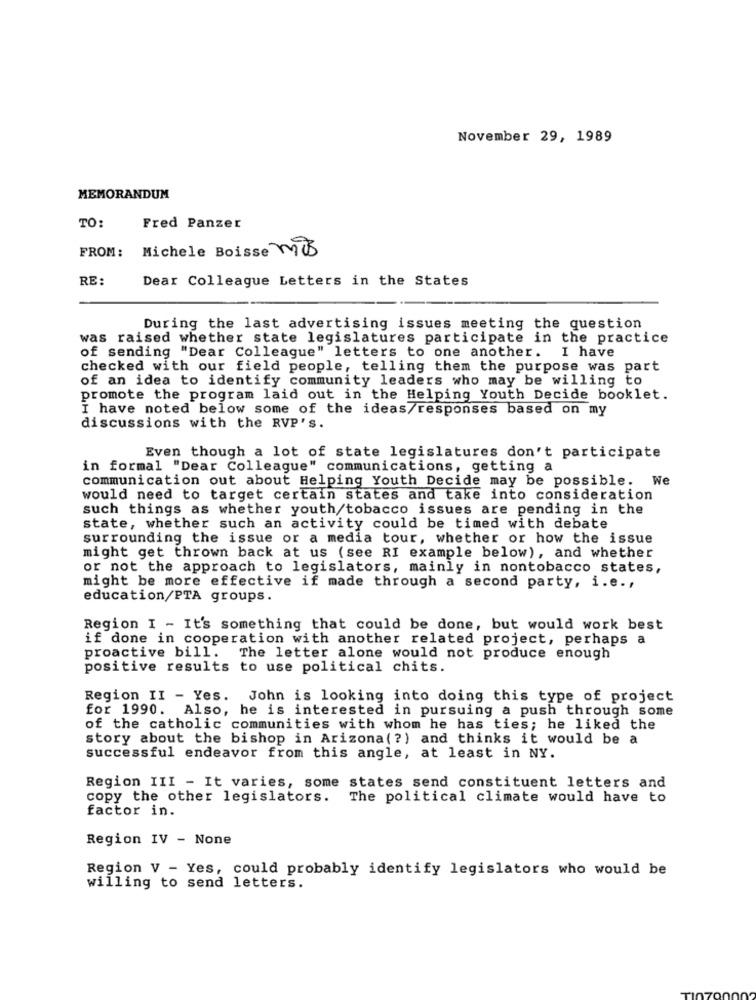
November 29, 1989
MEMORANDUM
TO:
Fred Panzer
Michele Boisse Mis
FROM:
RE:
Dear Colleague Letters in the States
During the last advertising issues meeting the question
was raised whether state legislatures participate in the practice
of sending "Dear Colleague" letters to one another. I have
checked with our field people, telling them the purpose was part
of an idea to identify community leaders who may be willing to
promote the program laid out in the Helping Youth Decide booklet.
I have noted below some of the ideas/responses based on my
discussions with the RVP'S.
Even though a lot of state legislatures don't participate
in formal "Dear Colleague" communications, getting a
communication out about Helping Youth Decide may be possible. We
would need to target certain states and take into consideration
such things as whether youth/tobacco issues are pending in the
state, whether such an activity could be timed with debate
surrounding the issue or a media tour, whether or how the issue
might get thrown back at us (see RI example below), and whether
or not the approach to legislators, mainly in nontobacco states,
might be more effective if made through a second party, i.e .,
education/PTA groups.
Region I - It's something that could be done, but would work best
if done in cooperation with another related project, perhaps a
proactive bill. The letter alone would not produce enough
positive results to use political chits.
Region II - Yes. John is looking into doing this type of project
for 1990. Also, he is interested in pursuing a push through some
of the catholic communities with whom he has ties; he liked the
story about the bishop in Arizona(?) and thinks it would be a
successful endeavor from this angle, at least in NY.
Region III - It varies, some states send constituent letters and
copy the other legislators. The political climate would have to
factor in.
Region IV - None
Region V - Yes, could probably identify legislators who would be
willing to send letters.